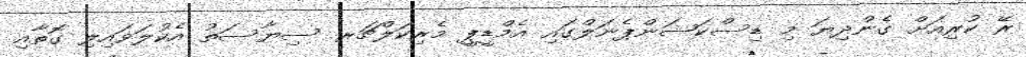
ރޭ ކުރިއަށް ގެންދިޔަ މި ޑިސްކަޝަންޕެނަލްގައި އެމްޑީޕީ މެރިކަލްޗަރ ސިޔާސަތު އެކުލަވައިލި ގޮތާއި